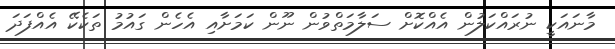
މާނައަކީ ނުރައްކަލުން އެއްކޮށް ސަލާމަތްވުން ނޫން ކަމަށާއި އެހެން ގައުމު ތަކެކޭ އެއްފަދަ